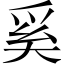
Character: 奚